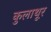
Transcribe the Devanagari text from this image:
कुलाथूर